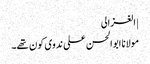
| الغزالی
مولانا ابوالحسن علی ندوی کون تھے۔